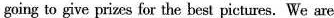
going to give prizes for the best pictures. We are